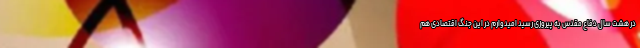
در هشت سال دفاع مقدس به پیروزی رسید امیدوارم در این جنگ اقتصادی هم